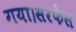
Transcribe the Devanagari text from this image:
गया।सरफेस